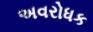
અવરોધક